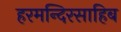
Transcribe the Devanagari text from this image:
हरमन्दिरसाहिब